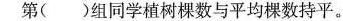
第( )组同学植树棵数与平均棵数持平。